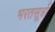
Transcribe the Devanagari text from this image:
भरतसूत्रों